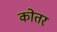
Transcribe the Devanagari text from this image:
कोतर